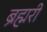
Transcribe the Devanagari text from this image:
ब्रह्मरी